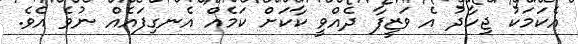
އެކަމަކު ޖިހާދު އެ ވަޒީފާ ދެއްވީ ކާކަށް ކަމެއް އެނގިފައެއް ނުވެ އެވެ.